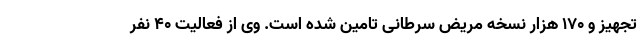
تجهیز و ۱۷۰ هزار نسخه مریض سرطانی تامین شده است. وی از فعالیت ۴۰ نفر